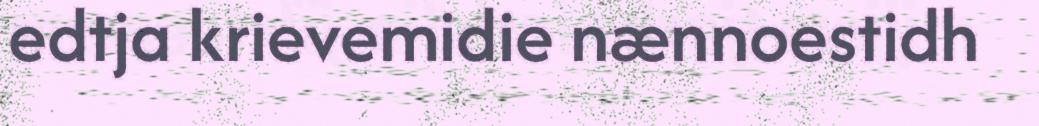
edtja krievemidie nænnoestidh